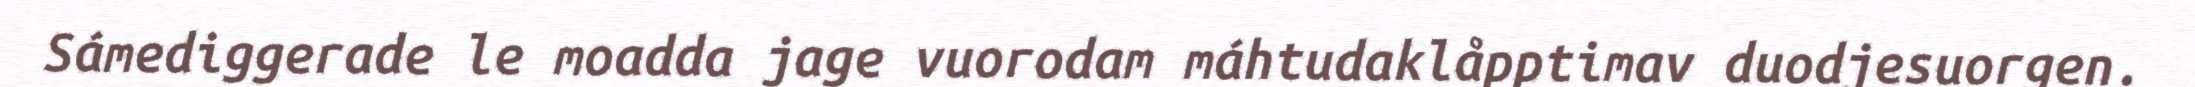
Sámediggerade le moadda jage vuorodam máhtudaklåpptimav duodjesuorgen.